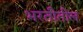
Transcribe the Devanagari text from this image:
भरतीतील